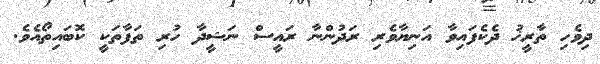
ދިވެހި ތާރީޚު ދެކެފައިވާ އަނިޔާވެރި ރަދުންނާ ރައީސް ނަޝީދާ ހުރި ތަފާތަކީ ކޮބައިތޯއެވެ.